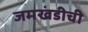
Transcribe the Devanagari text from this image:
जमखंडीची